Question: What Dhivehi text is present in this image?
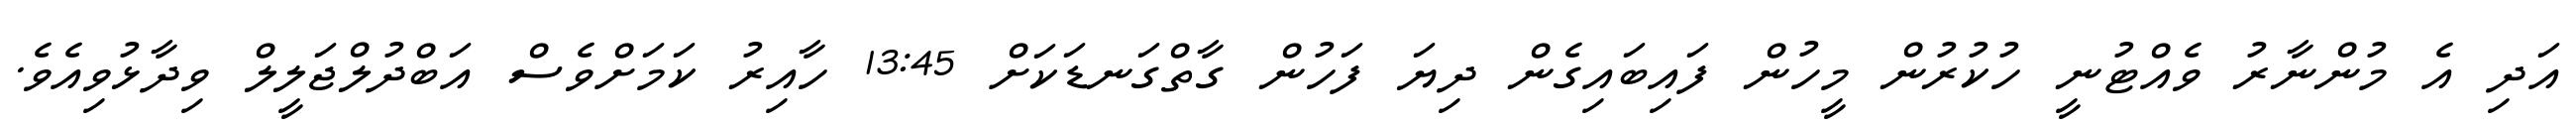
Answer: އަދި އެ މުންނާރު ވެއްޓުނީ ހުކުރުން މީހުން ފައިބައިގެން ދިޔަ ފަހުން ގާތްގަނޑަކަށް 13:45 ހާއިރު ކަމަށްވެސް އަބްދުލްޖަލީލް ވިދާޅުވިއެވެ.